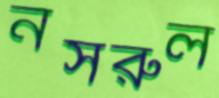
নসরুল